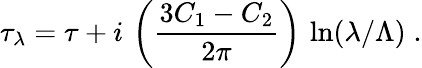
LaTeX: \tau_{\lambda}=\tau+i\, \left(\frac{3C_{1}-C_{2}}{2\pi}\right)\, \ln(\lambda/\Lambda)\; .